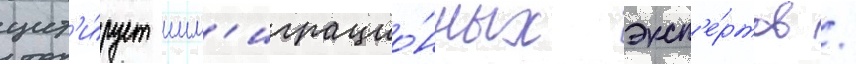
цит'и́рует имм'играцио́нных эксп'е́ртов /